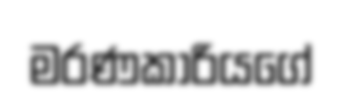
මරණකාරියගේ